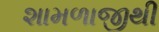
શામળાજીથી